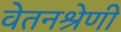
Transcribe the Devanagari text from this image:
वेतनश्रेणी